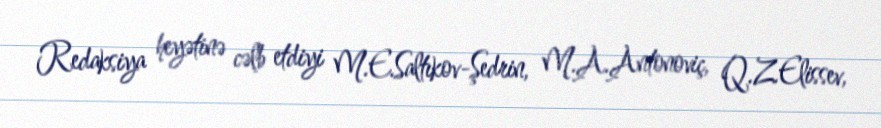
Redaksiya heyətinə cəlb etdiyi M.E.Saltıkov-Şedrin, M.A.Antonoviç, Q.Z.Elissev,